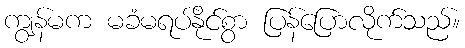
ကျွန်မက မခံမရပ်နိုင်စွာ ပြန်ပြောလိုက်သည်။